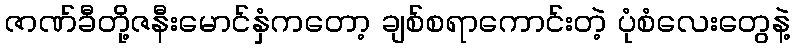
ဇာဏ်ခီတို့ဇနီးမောင်နှံကတော့ ချစ်စရာကောင်းတဲ့ ပုံစံလေးတွေနဲ့